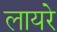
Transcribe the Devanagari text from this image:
लायरे